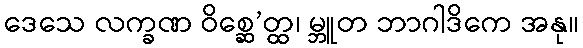
ဒေသေ လက္ခဏ ဝိစ္ဆေ’တ္ထ၊ မ္ဘူတ ဘာဂါဒိကေ အနု။